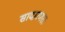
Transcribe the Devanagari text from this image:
सादारणतः